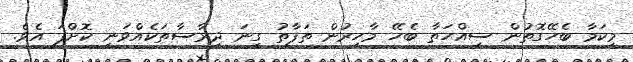
މިކަމާ ބެހޭގޮތުން ސިއްހަތާ ބެހޭ މާހިރުން ތަފާތު ގިނަ ދިރާސާތަކެއްވަނީ ކޮށްފަ އެވެ.